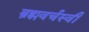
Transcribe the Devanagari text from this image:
ब्रह्मवर्चस्वी